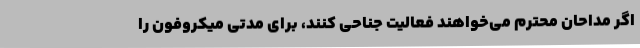
اگر مداحان محترم می‌خواهند فعالیت جناحی کنند، برای مدتی میکروفون را